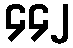
၄၄၂